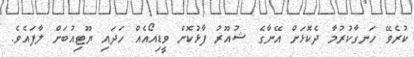
ކުރެވޭ ހަނގާކުރުމާ ދެކޮޅަށް އޭނާގެ ޝުއޫރު ފާޅުކޮށް ވީޑިއޯއެއް ހަދައި ޔޫޓިއުބަށް ލާފައެވެ.